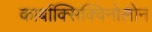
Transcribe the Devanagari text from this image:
कार्बाक्सिक्विनोलोन